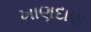
ખાણદાણ